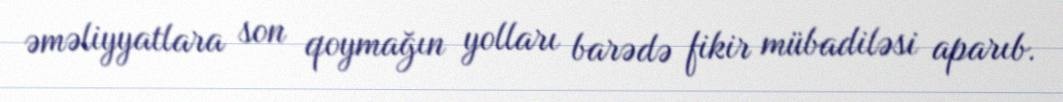
əməliyyatlara son qoymağın yolları barədə fikir mübadiləsi aparıb.